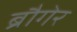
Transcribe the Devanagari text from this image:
ब्रौगेर